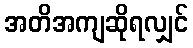
အတိအကျဆိုရလျှင်